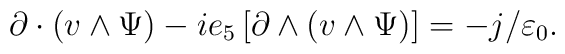
\partial \cdot (v\wedge \Psi )-ie_{5}\left[ \partial \wedge (v\wedge \Psi)\right] =-j/\varepsilon _{0}.